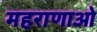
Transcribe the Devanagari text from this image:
महराणाओ